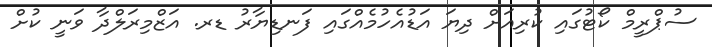
ސުޕްރީމް ކޯޓުގައި ކުރިއަށް ދިޔަ އަޑުއެހުމެއްގައި ފަނޑިޔާރު ޑރ. އަޒްމިރަލްދާ ވަނީ ކުށް